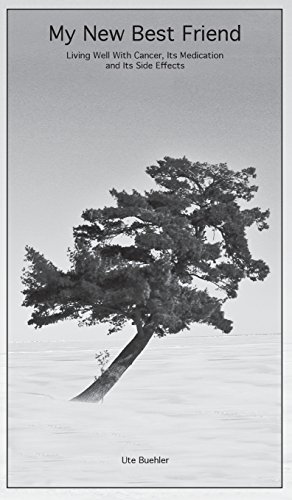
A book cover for My New Best Friend: Living Well With Cancer, Its Medication and Its Side Effects; Ute S. Buehler; Cookbooks, Food & Wine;